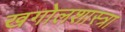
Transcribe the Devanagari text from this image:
खगोलशास्त्रा